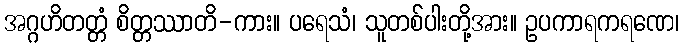
အဂ္ဂဟိတတ္တံ စိတ္တဿာတိ-ကား။ ပရေသံ၊ သူတစ်ပါးတို့အား။ ဥပကာရကရဏေ၊